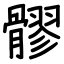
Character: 髎